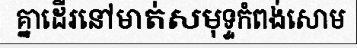
គ្នាដើរនៅមាត់សមុទ្ទកំពង់សោម